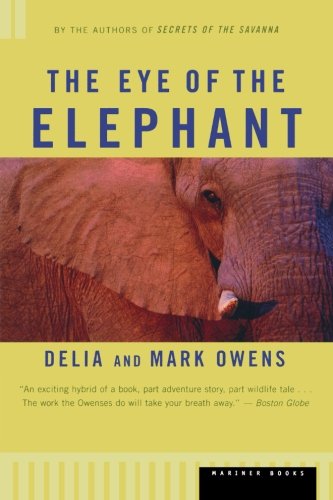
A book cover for The Eye of the Elephant: An Epic Adventure in the African Wilderness; Mark James Owens; Science & Math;